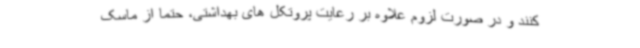
کنند و در صورت لزوم علاوه بر رعایت پروتکل های بهداشتی، حتما از ماسک